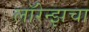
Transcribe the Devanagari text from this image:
लॉरेन्झचा